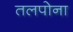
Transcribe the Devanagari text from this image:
तलपोना